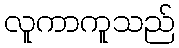
လူကာကူသည်